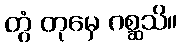
တွံ တုမှေ ဂစ္ဆသိ။